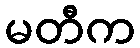
မတီက